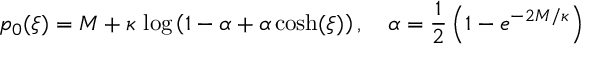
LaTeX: p _ { 0 } ( \xi ) = M + \kappa \, \log \left( 1 - \alpha + \alpha \, { \cosh } ( \xi ) \right) , \quad \alpha = \frac 1 2 \left( 1 - e ^ { - 2 M / \kappa } \right)